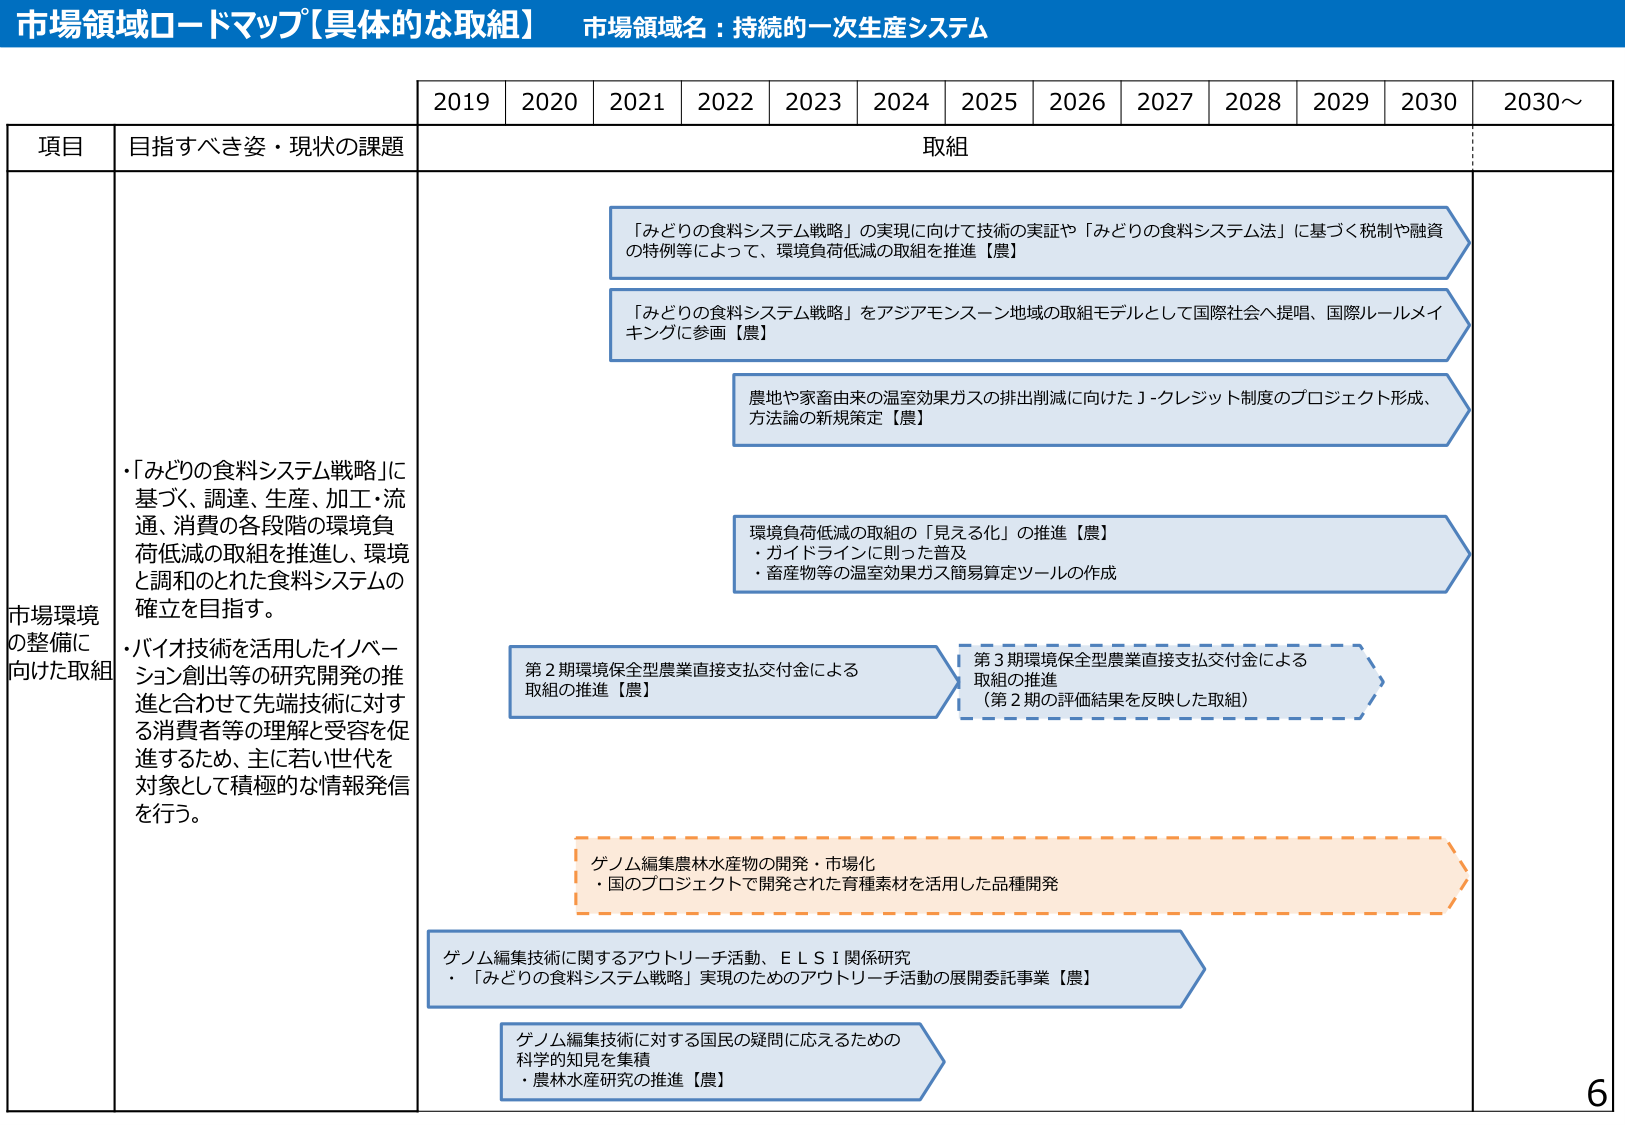
市場領域ロードマップ【具体的な取組】 市場領域名：持続的⼀次⽣産システム

2019 2020 2021 2022 2023 2024 2025 2026 2027 2028 2029 2030 2030～

項⽬ ⽬指すべき姿・現状の課題 取組

市場環境 の整備に 向けた取組
・「みどりの⾷料システム戦略」に 基づく、調達、⽣産、加⼯・流 通、消費の各段階の環境負 荷低減の取組を推進し、環境 と調和のとれた⾷料システムの 確⽴を⽬指す。
・バイオ技術を活⽤したイノベー ション創出等の研究開発の推 進と合わせて先端技術に対す る消費者等の理解と受容を促 進するため、主に若い世代を 対象として積極的な情報発信 を⾏う。

「みどりの⾷料システム戦略」の実現に向けて技術の実証や「みどりの⾷料システム法」に基づく税制や融資 の特例等によって、環境負荷低減の取組を推進【農】

「みどりの⾷料システム戦略」をアジアモンスーン地域の取組モデルとして国際社会へ提唱、国際ルールメイ キングに参画【農】

農地や家畜由来の温室効果ガスの排出削減に向けたＪ-クレジット制度のプロジェクト形成、 方法論の新規策定【農】

環境負荷低減の取組の「⾒える化」の推進【農】
・ガイドラインに則った普及
・畜産物等の温室効果ガス簡易算定ツールの作成

第２期環境保全型農業直接⽀払交付⾦による 取組の推進【農】

第３期環境保全型農業直接⽀払交付⾦による 取組の推進 （第２期の評価結果を反映した取組）

ゲノム編集農林⽔産物の開発・市場化
・国のプロジェクトで開発された育種素材を活⽤した品種開発

ゲノム編集技術に関するアウトリーチ活動、ＥＬＳＩ関係研究
・「みどりの⾷料システム戦略」実現のためのアウトリーチ活動の展開委託事業【農】

ゲノム編集技術に対する国⺠の疑問に応えるための 科学的知⾒を集積
・農林⽔産研究の推進【農】

6